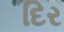
દિર